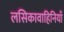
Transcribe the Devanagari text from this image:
लसिकावाहिनियाँ